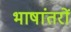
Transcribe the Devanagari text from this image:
भाषांतरों